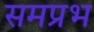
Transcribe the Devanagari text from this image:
समप्रभ